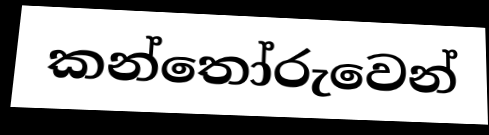
කන්තෝරුවෙන්